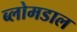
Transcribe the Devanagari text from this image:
ब्लोमडाल